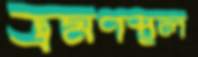
ভ্রমণস্থল